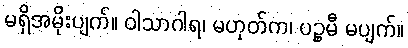
မရှိအမိုးပျက်။ ဝါသာဂါရ၊ မဟုတ်က၊ ပဉ္စမီ မပျက်။